Veterinary regulations India, 1939 -
Year: 1939
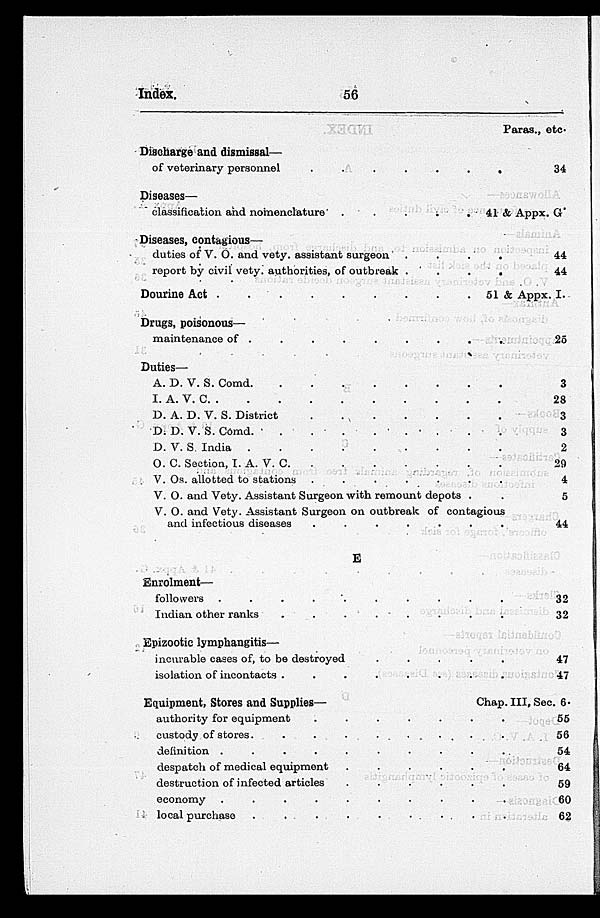
Index.
56
Paras., etc.
Discharge and dismissal—
of veterinary personnel . . . . . . .
Diseases—
classification and nomenclature . . . . . . .
Diseases, contagious—
duties of V. O. and vety. assistant surgeon . . . .
report by civil vety. authorities, of outbreak . . . .
Dourine Act . . . . . . . . . . . . . .
Drugs, poisonous—
maintenance of
.
.
.
.
.
.
.
.
.
.
Duties—
A. D. V. S. Comd . . . . . . .
I. A. V. C . . . . . . .
D. A. D. V. S. District . . . . . . .
D. D. V. S. Comd . . . . . . .
D. V. S. India . . . . . . .
O. C. Section, I. A. V. C . . . . . . .
V. Os. allotted to stations . . . . . . .
V. O. and Vety. Assistant Surgeon with remount depots . .
V. O. and Vety. Assistant Surgeon on outbreak of contagious
and infectious diseases . . . . . . .
E
Enrolment—
followers . . . . . . .
Indian other ranks . . . . . . .
Epizootic lymphangitis—
incurable cases of, to be destroyed . . . . . . .
isolation of incontacts . . . . . . .
Equipment, Stores and Supplies—
authority for equipment . . . . . . .
custody of stores . . . . . . .
definition . . . . . . .
despatch of medical equipment . . . . . . .
destruction of infected articles . . . . . . .
economy . . . . . . .
local purchase . . . . . . .
34
41 & Appx
44
44
51 & App
25
3
28
3
3
2
29
4
5
44
32
32
47
47
Chap. III,
55
56
54
64
59
60
62